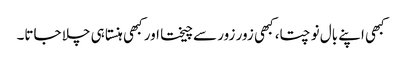
کبھی اپنے بال نوچتا، کبھی زور زور سے چیختا اور کبھی ہنستا ہی چلا جاتا۔